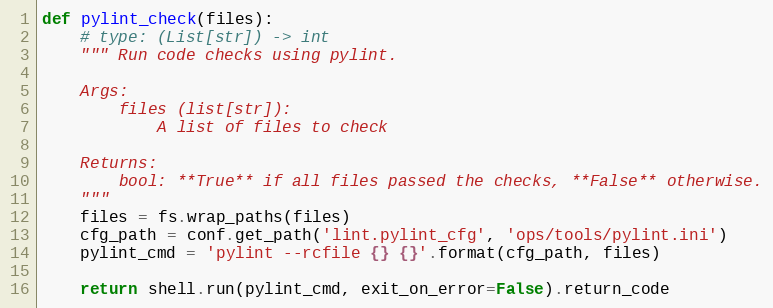
Language: Python
def pylint_check(files):
    # type: (List[str]) -> int
    """ Run code checks using pylint.

    Args:
        files (list[str]):
            A list of files to check

    Returns:
        bool: **True** if all files passed the checks, **False** otherwise.
    """
    files = fs.wrap_paths(files)
    cfg_path = conf.get_path('lint.pylint_cfg', 'ops/tools/pylint.ini')
    pylint_cmd = 'pylint --rcfile {} {}'.format(cfg_path, files)

    return shell.run(pylint_cmd, exit_on_error=False).return_code